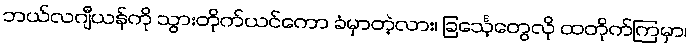
ဘယ်လဂျီယန်ကို သွားတိုက်ယင်ကော ခံမှာတဲ့လား၊ ခြင်္သေ့တွေလို ထတိုက်ကြမှာ၊